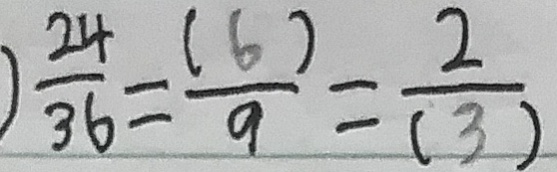
) \frac { 2 4 } { 3 6 } = \frac { ( 6 ) } { 9 } = \frac { 2 } { ( 3 ) }